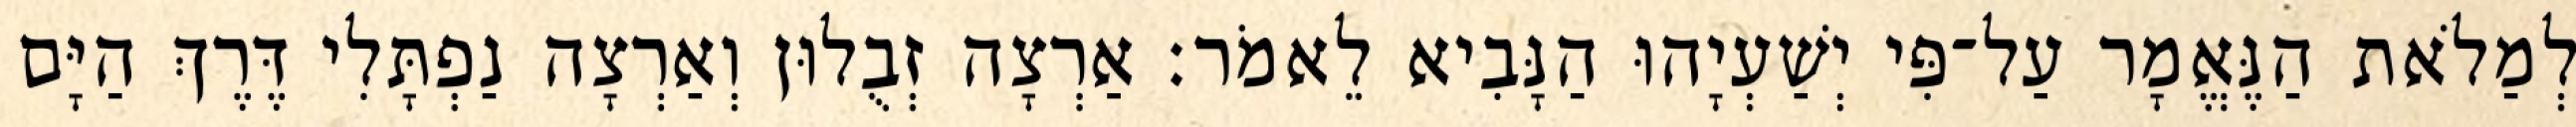
לְמַלֹאת הַנֶּאֱמָר עַל־פִּי יְשַׁעְיָהוּ הַנָּבִיא לֵאמֹר׃ אַרְצָה זְבֻלוּן וְאַרְצָה נַפְתָּלִי דֶּרֶךְ הַיָּם